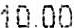
10.00